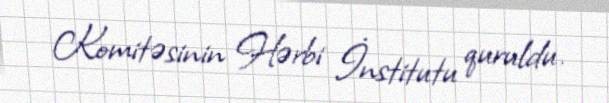
Komitəsinin Hərbi İnstitutu quruldu.